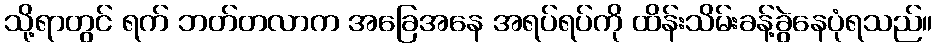
သို့ရာတွင် ရက် ဘတ်တလာက အခြေအနေ အရပ်ရပ်ကို ထိန်းသိမ်းခန့်ခွဲနေပုံရသည်။